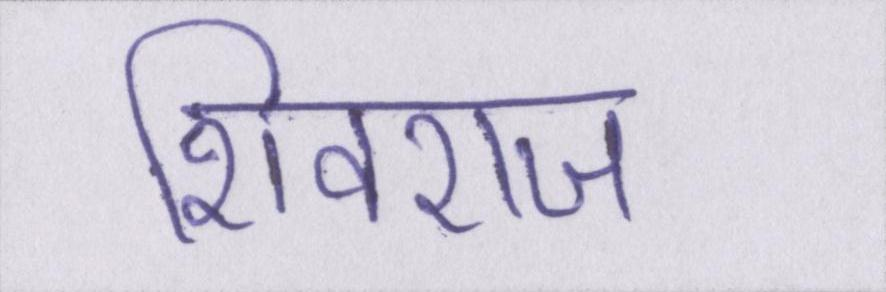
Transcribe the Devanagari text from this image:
शिवराज